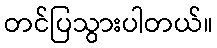
တင်ပြသွားပါတယ်။